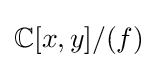
\mathbb {C} [x,y]/(f)